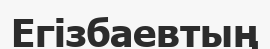
Егізбаевтың